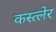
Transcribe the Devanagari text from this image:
कस्त्लेर